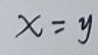
$x = y$